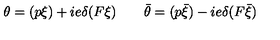
\theta = ( p \xi ) + i e \delta ( F \xi ) \qquad \bar { \theta } = ( p \bar { \xi } ) - i e \delta ( F \bar { \xi } )